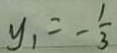
y _ { 1 } = - \frac { 1 } { 3 }